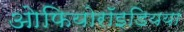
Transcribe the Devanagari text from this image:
ओफियोरॉइडियया